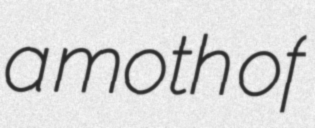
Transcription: a moth of